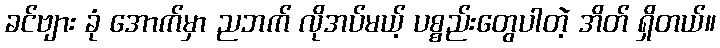
ခင်ဗျား ခုံ အောက်မှာ ညဘက် လိုအပ်မယ့် ပစ္စည်းတွေပါတဲ့ အိတ် ရှိတယ်။